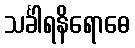
သင်္ခါရနိရောဓေ